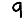
Digit: 9